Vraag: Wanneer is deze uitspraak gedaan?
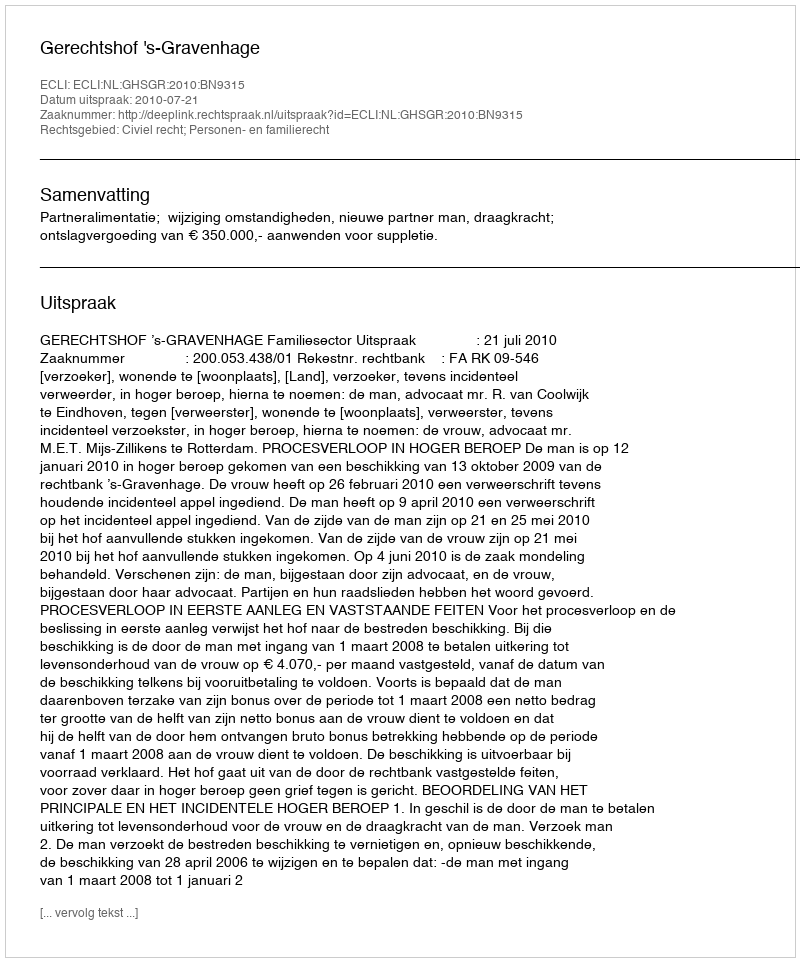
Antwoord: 2010-07-21